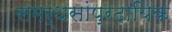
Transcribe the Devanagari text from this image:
समर्थसांप्रदायिक